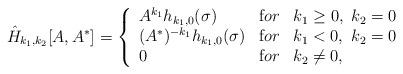
LaTeX: \begin{align*}\hat{H}_{k_1,k_2}[A,A^\ast] =\left\{ \begin{array}{lll}A^{k_1} h_{k_1,0}(\sigma)&{\mbox for}&k_1\geq 0,\ k_2=0\\(A^\ast)^{-k_1} h_{k_1,0}(\sigma)&{\mbox for}&k_1<0,\ k_2=0 \\0 &{\mbox for}& k_2 \neq 0,\end{array}\right.\end{align*}